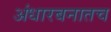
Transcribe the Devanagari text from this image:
अंधारबनातच